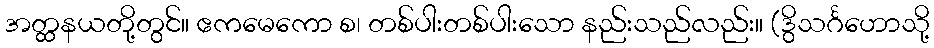
အတ္ထနယတို့တွင်။ ဧကမေကော စ၊ တစ်ပါးတစ်ပါးသော နည်းသည်လည်း။ (ဒွိသင်္ဂဟောသို့